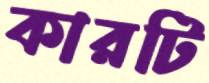
কারটি